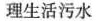
理生活污水